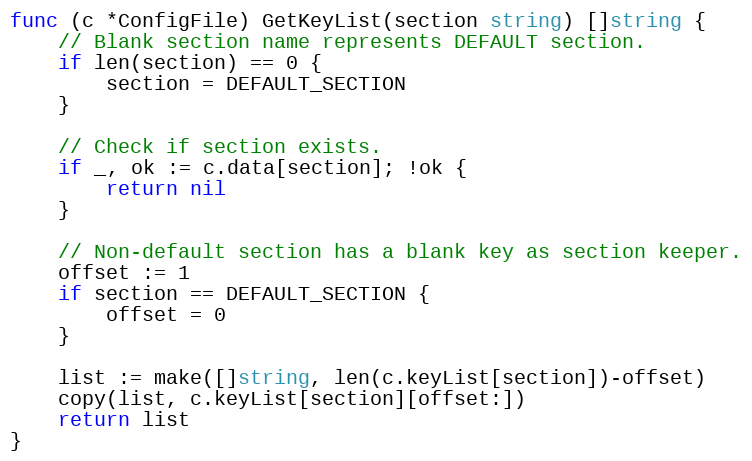
Language: Go
func (c *ConfigFile) GetKeyList(section string) []string {
	// Blank section name represents DEFAULT section.
	if len(section) == 0 {
		section = DEFAULT_SECTION
	}

	// Check if section exists.
	if _, ok := c.data[section]; !ok {
		return nil
	}

	// Non-default section has a blank key as section keeper.
	offset := 1
	if section == DEFAULT_SECTION {
		offset = 0
	}

	list := make([]string, len(c.keyList[section])-offset)
	copy(list, c.keyList[section][offset:])
	return list
}